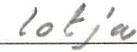
lotja